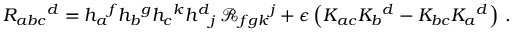
R _ { a b c } { } ^ { d } = h _ { a } { } ^ { f } h _ { b } { } ^ { g } h _ { c } { } ^ { k } h ^ { d } { } _ { j } \, { \mathcal R } _ { f g k } { } ^ { j } + \epsilon \left( K _ { a c } K _ { b } { } ^ { d } - K _ { b c } K _ { a } { } ^ { d } \right) \, .